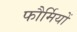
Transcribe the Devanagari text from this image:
फौर्मियों